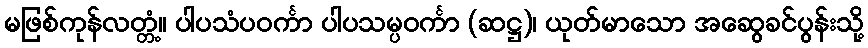
မဖြစ်ကုန်လတ္တံ့။ ပါပသံပဝင်္ကာ ပါပသမ္ပဝင်္ကာ (ဆဋ္ဌ)၊ ယုတ်မာသော အဆွေခင်ပွန်းသို့